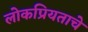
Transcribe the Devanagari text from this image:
लोकप्रियताचे